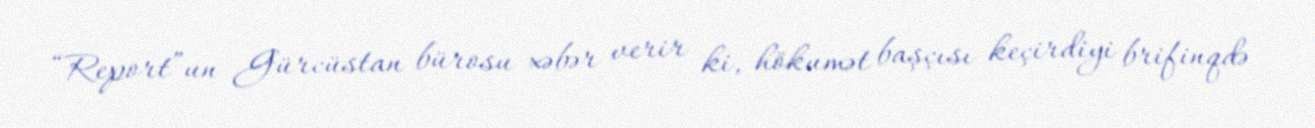
“Report”un Gürcüstan bürosu xəbər verir ki, hökumət başçısı keçirdiyi brifinqdə